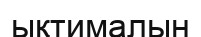
ықтималын